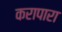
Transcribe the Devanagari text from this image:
करापारा